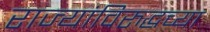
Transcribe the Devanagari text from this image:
राज्यांविरुद्धच्या